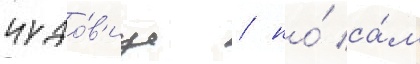
чудо́в'ище / но́ са́м